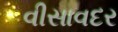
વીસાવદર